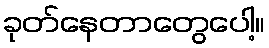
ခုတ်နေတာတွေပေါ့။